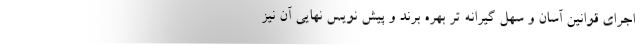
اجرای قوانین آسان و سهل گیرانه تر بهره برند و پیش نویس نهایی آن نیز